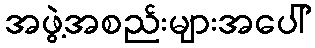
အဖွဲ့အစည်းများအပေါ်